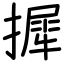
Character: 摨